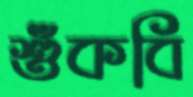
শুঁকবি